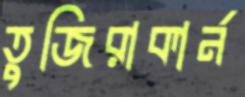
তুজিরাকার্ন